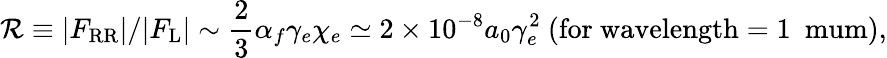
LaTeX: \mathcal{R}\equiv|F_{\mathrm{RR}}|/|F_{\mathrm{L}}|\sim\frac{2}{3}\alpha_{f}\gamma_{e}\chi_{e}\simeq 2\times 10^{-8}a_{0}\gamma_{e}^{2}~(\mathrm{for~wavelength=1~\ mum}),